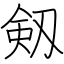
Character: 剱